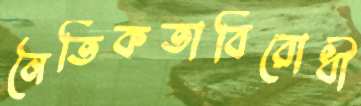
নৈতিকতাবিরোধী